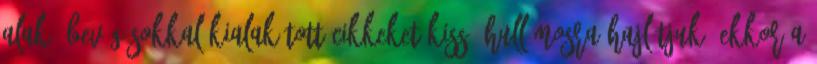
alakú bevágásokkal kialakított cikkeket kissé hullámosra hajlítjuk. Ekkor a